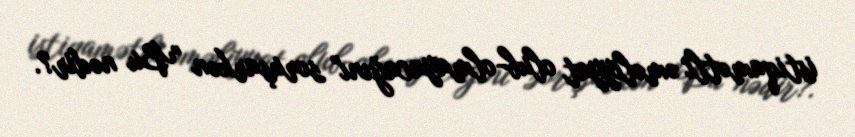
istiqamətli əməliyyat olub-olmayacağını" soruşarkən "Bu nədir?.